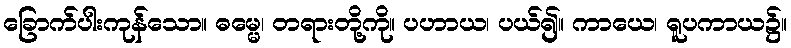
ခြောက်ပါးကုန်သော။ ဓမ္မေ၊ တရားတို့ကို။ ပဟာယ၊ ပယ်၍။ ကာယေ၊ ရူပကာယ၌။